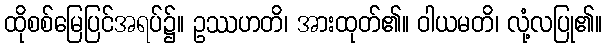
ထိုစစ်မြေပြင်အရပ်၌။ ဥဿဟတိ၊ အားထုတ်၏။ ဝါယမတိ၊ လုံ့လပြု၏။